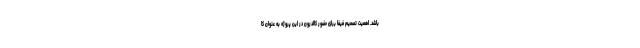
باشد. اهمیت تصمیم فیفا برای حضور کالدرون در این پروژه به عنوان کا